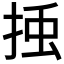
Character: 𭡀